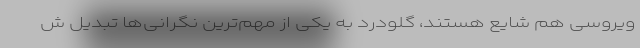
ویروسی هم شایع هستند، گلودرد به یکی از مهم‌ترین نگرانی‌ها تبدیل ش